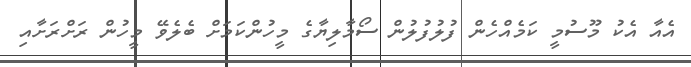
އެއާ އެކު މޫސުމީ ކަމެއްހެން ފުލުފުލުން ސޯމާލިޔާގެ މީހުންކަމަށް ބެލެވޭ މީހުން ރަށްރަށާއި